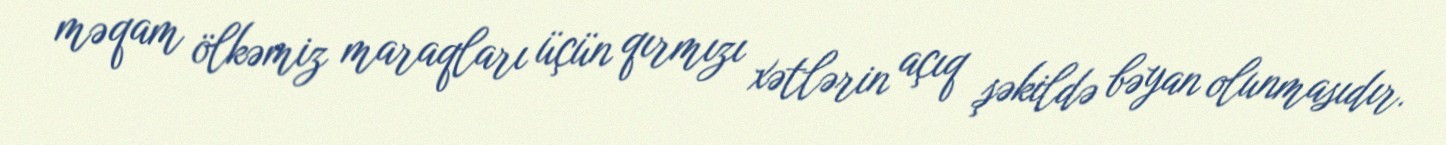
məqam ölkəmiz maraqları üçün qırmızı xətlərin açıq şəkildə bəyan olunmasıdır.